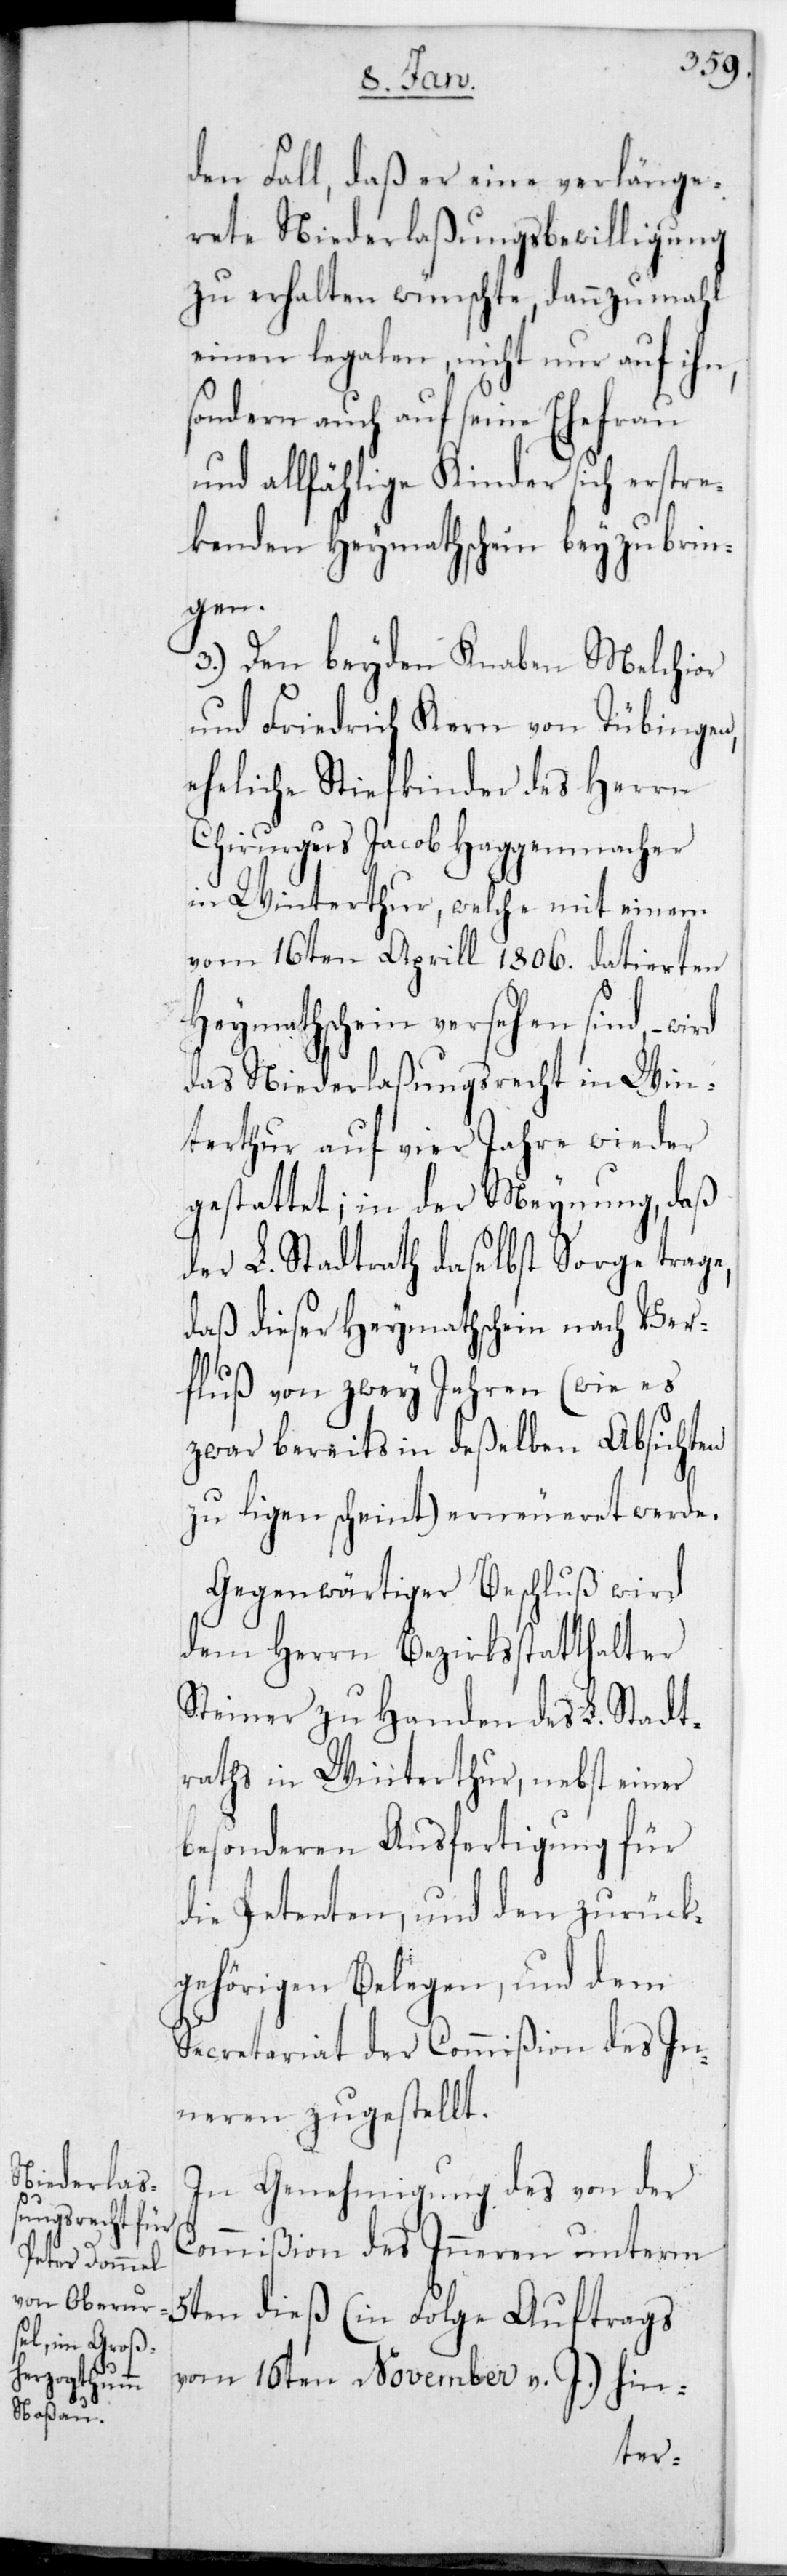
den Fall, daß er eine verlänge¬
rete Niederlaßungsbewilligung
zu erhalten wünschte, dannzumal
einen legalen, nicht nur auf ihn,
sondern auch auf seine Ehefrau
und allfählige Kinder sich erstrec¬
kenden Heymathschein beyzubrin¬
gen.
3.) Den beyden Knaben Melchior
und Friedrich Kern von Tübingen,
eheliche Stiefkinder des Herrn
Chirurgus Jacob Haggenmacher
in Winterthur, welche mit einem
vom 16ten Aprill 1806. datierten
Heymathschein versehen sind, –
das Niederlaßungsrecht in Win¬
terthur auf vier Jahre wieder
gestattet; in der Meynung, daß
der L. Stadtrath daselbst Sorge trage,
daß dieser Heymathschein nach Ver¬
fluß von zwey Jahren (wie es
zwar bereits in deßelben Absichten
zu liegen scheint) erneueret werde.
Gegenwärtiger Beschluß wird
dem Herrn Bezirksstatthalter
Steiner zu Handen des L. Stadt¬
raths in Winterthur, nebst einer
besonderen Ausfertigung für
die Petenten, und den zurück¬
gehörigen Belegen, und dem
Secretariat des Commißion des In¬
neren zugestellt.
In Genehmigung des von der
Commißion des Inneren unterm
5ten dieß (in Folge Auftrags
vom 16ten November v. J.) hin-